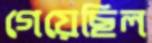
গেয়েছিল